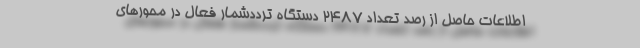
اطلاعات حاصل از‌ رصد‌‌ تعداد‌‌ 2487 دستگاه ترددشمار فعال در محورهای